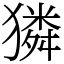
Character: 獜